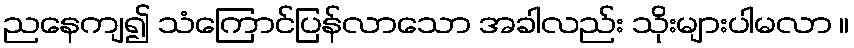
ညနေကျ၍ သံကြောင်ပြန်လာသော အခါလည်း သိုးများပါမလာ ။